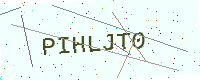
Text: PIHLJT0